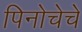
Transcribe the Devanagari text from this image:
पिनोचेचे